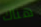
هناك